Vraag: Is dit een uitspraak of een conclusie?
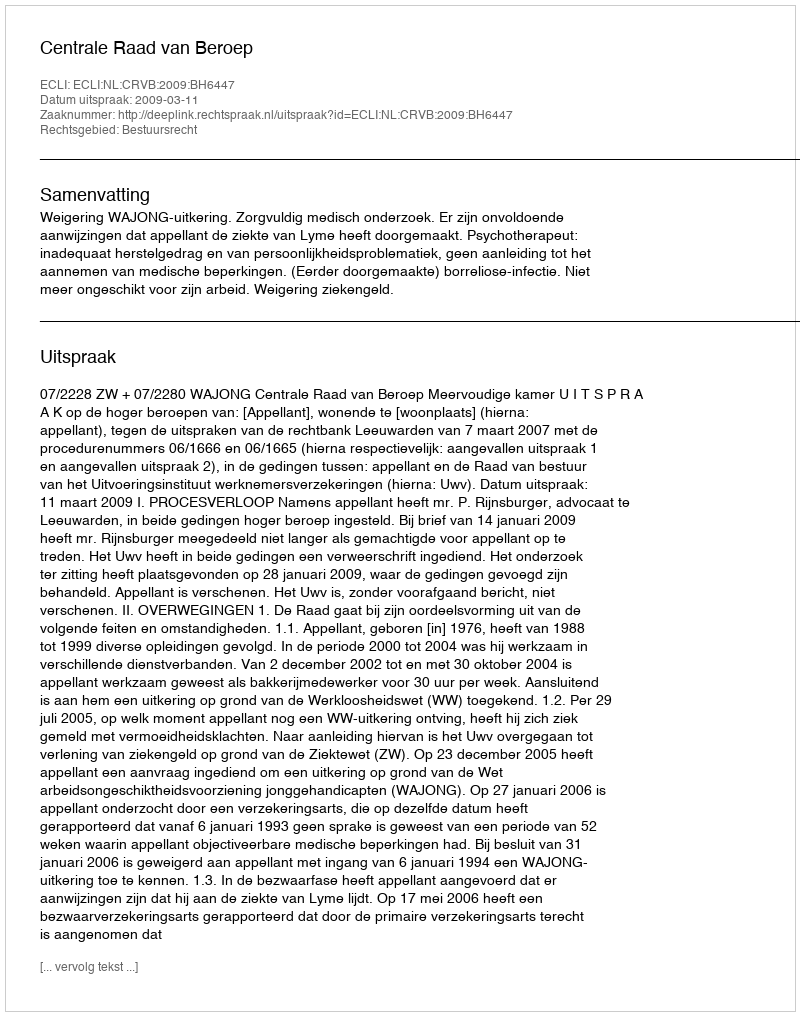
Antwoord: Uitspraak